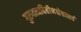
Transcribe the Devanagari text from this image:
गुरुतत्त्वविहीनश्चेत्तत्सर्वं